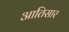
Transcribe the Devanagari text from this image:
आतिसार